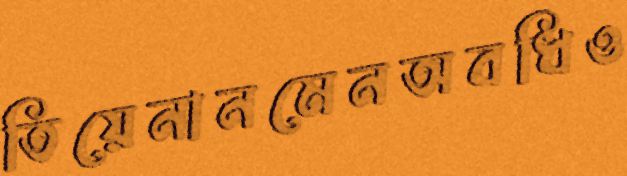
তিয়েনানমেনঅবধিও